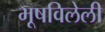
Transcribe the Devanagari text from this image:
भूषविलेली